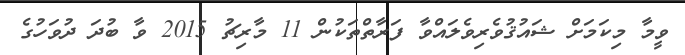
ވީމާ މިކަމަށް ޝައުޤުވެރިވެލައްވާ ފަރާތްތަކުން 11 މާރިޗު 2015 ވާ ބުދަ ދުވަހުގެ